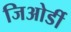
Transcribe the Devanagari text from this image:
जिओर्डी